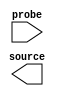
// megafunction wizard: %In-System Sources and Probes%VBB%
// GENERATION: STANDARD
// VERSION: WM1.0
// MODULE: altsource_probe 

// ============================================================
// Megafunction Name(s):
// 			altsource_probe
//
// Simulation Library Files(s):
// 			
// ============================================================
// ************************************************************
// THIS IS A WIZARD-GENERATED FILE. DO NOT EDIT THIS FILE!
//
// 21.1.0 Build 842 10/21/2021 SJ Lite Edition
// ************************************************************

//Copyright (C) 2021  Intel Corporation. All rights reserved.
//Your use of Intel Corporation's design tools, logic functions 
//and other software and tools, and any partner logic 
//functions, and any output files from any of the foregoing 
//(including device programming or simulation files), and any 
//associated documentation or information are expressly subject 
//to the terms and conditions of the Intel Program License 
//Subscription Agreement, the Intel Quartus Prime License Agreement,
//the Intel FPGA IP License Agreement, or other applicable license
//agreement, including, without limitation, that your use is for
//the sole purpose of programming logic devices manufactured by
//Intel and sold by Intel or its authorized distributors.  Please
//refer to the applicable agreement for further details, at
//https://fpgasoftware.intel.com/eula.

module p_sine (
	probe,
	source);

	input	[13:0]  probe;
	output	[0:0]  source;

endmodule

// ============================================================
// CNX file retrieval info
// ============================================================
// Retrieval info: PRIVATE: INTENDED_DEVICE_FAMILY STRING "Cyclone IV E"
// Retrieval info: LIBRARY: altera_mf altera_mf.altera_mf_components.all
// Retrieval info: CONSTANT: ENABLE_METASTABILITY STRING "NO"
// Retrieval info: CONSTANT: INSTANCE_ID STRING "sine"
// Retrieval info: CONSTANT: PROBE_WIDTH NUMERIC "14"
// Retrieval info: CONSTANT: SLD_AUTO_INSTANCE_INDEX STRING "YES"
// Retrieval info: CONSTANT: SLD_INSTANCE_INDEX NUMERIC "0"
// Retrieval info: CONSTANT: SOURCE_INITIAL_VALUE STRING " 0"
// Retrieval info: CONSTANT: SOURCE_WIDTH NUMERIC "1"
// Retrieval info: USED_PORT: probe 0 0 14 0 INPUT NODEFVAL "probe[13..0]"
// Retrieval info: USED_PORT: source 0 0 1 0 OUTPUT NODEFVAL "source[0..0]"
// Retrieval info: CONNECT: @probe 0 0 14 0 probe 0 0 14 0
// Retrieval info: CONNECT: source 0 0 1 0 @source 0 0 1 0
// Retrieval info: GEN_FILE: TYPE_NORMAL p_sine.v TRUE
// Retrieval info: GEN_FILE: TYPE_NORMAL p_sine.inc FALSE
// Retrieval info: GEN_FILE: TYPE_NORMAL p_sine.cmp FALSE
// Retrieval info: GEN_FILE: TYPE_NORMAL p_sine.bsf TRUE
// Retrieval info: GEN_FILE: TYPE_NORMAL p_sine_inst.v FALSE
// Retrieval info: GEN_FILE: TYPE_NORMAL p_sine_bb.v TRUE